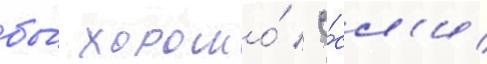
бы́ хорошо́ / е́сл'и